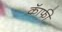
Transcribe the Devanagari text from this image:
कॅाफी